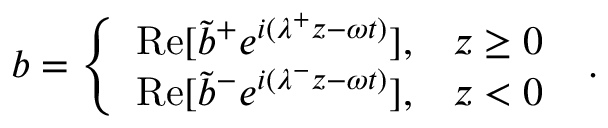
b = \left\{ \begin{array} { l l } { \mathrm { R e } [ \tilde { b } ^ { + } e ^ { i ( \lambda ^ { + } z - \omega t ) } ] , } & { z \geq 0 } \\ { \mathrm { R e } [ \tilde { b } ^ { - } e ^ { i ( \lambda ^ { - } z - \omega t ) } ] , } & { z < 0 } \end{array} \right. ~ .